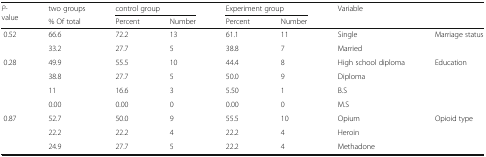
<table><thead><tr><td rowspan="2"><b><i>P</i>-value</b></td><td><b>two groups</b></td><td colspan="2"><b>control group</b></td><td colspan="2"><b>Experiment group</b></td><td rowspan="2" colspan="2"><b>Variable</b></td></tr><tr><td><b>% Of total</b></td><td><b>Percent</b></td><td><b>Number</b></td><td><b>Percent</b></td><td><b>Number</b></td></tr></thead><tbody><tr><td rowspan="2">0.52</td><td>66.6</td><td>72.2</td><td>13</td><td>61.1</td><td>11</td><td>Single</td><td rowspan="2">Marriage status</td></tr><tr><td>33.2</td><td>27.7</td><td>5</td><td>38.8</td><td>7</td><td>Married</td></tr><tr><td rowspan="4">0.28</td><td>49.9</td><td>55.5</td><td>10</td><td>44.4</td><td>8</td><td>High school diploma</td><td rowspan="4">Education</td></tr><tr><td>38.8</td><td>27.7</td><td>5</td><td>50.0</td><td>9</td><td>Diploma</td></tr><tr><td>11</td><td>16.6</td><td>3</td><td>5.50</td><td>1</td><td>B.S</td></tr><tr><td>0.00</td><td>0.00</td><td>0</td><td>0.00</td><td>0</td><td>M.S</td></tr><tr><td rowspan="3">0.87</td><td>52.7</td><td>50.0</td><td>9</td><td>55.5</td><td>10</td><td>Opium</td><td rowspan="3">Opioid type</td></tr><tr><td>22.2</td><td>22.2</td><td>4</td><td>22.2</td><td>4</td><td>Heroin</td></tr><tr><td>24.9</td><td>27.7</td><td>5</td><td>22.2</td><td>4</td><td>Methadone</td></tr></tbody></table>